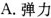
A.弹力